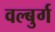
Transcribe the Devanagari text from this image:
वल्बुर्ग